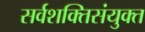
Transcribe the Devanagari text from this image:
सर्वशक्तिसंयुक्त